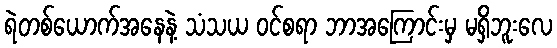
ရဲတစ်ယောက်အနေနဲ့ သံသယ ဝင်စရာ ဘာအကြောင်းမှ မရှိဘူးလေ